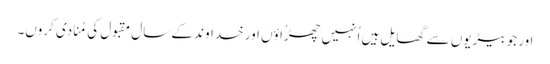
اور جو بیڑیوں سے گھایل ہیں اُنہیں چھڑُاؤں اور خداوند کے سال مقبول کی مُنادی کروں۔